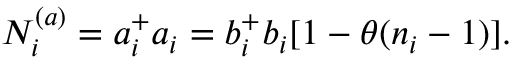
N _ { i } ^ { ( a ) } = a _ { i } ^ { + } a _ { i } = b _ { i } ^ { + } b _ { i } [ 1 - \theta ( n _ { i } - 1 ) ] .